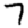
Digit: 7